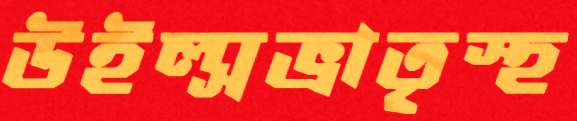
উইল্সভ্রাতৃস্হ